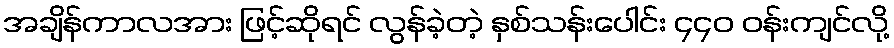
အချိန်ကာလအား ဖြင့်ဆိုရင် လွန်ခဲ့တဲ့ နှစ်သန်းပေါင်း ၄၄၀ ဝန်းကျင်လို့